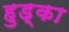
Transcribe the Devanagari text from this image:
हुड्का